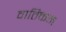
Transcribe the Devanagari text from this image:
वातिकन